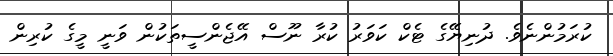
ކުރަމުންނެވެ. ދުނިޔޭގެ ޓެކް ކަވަރު ކުރާ ނޫސް އޭޖެންސީތަކުން ވަނީ މީގެ ކުރިން